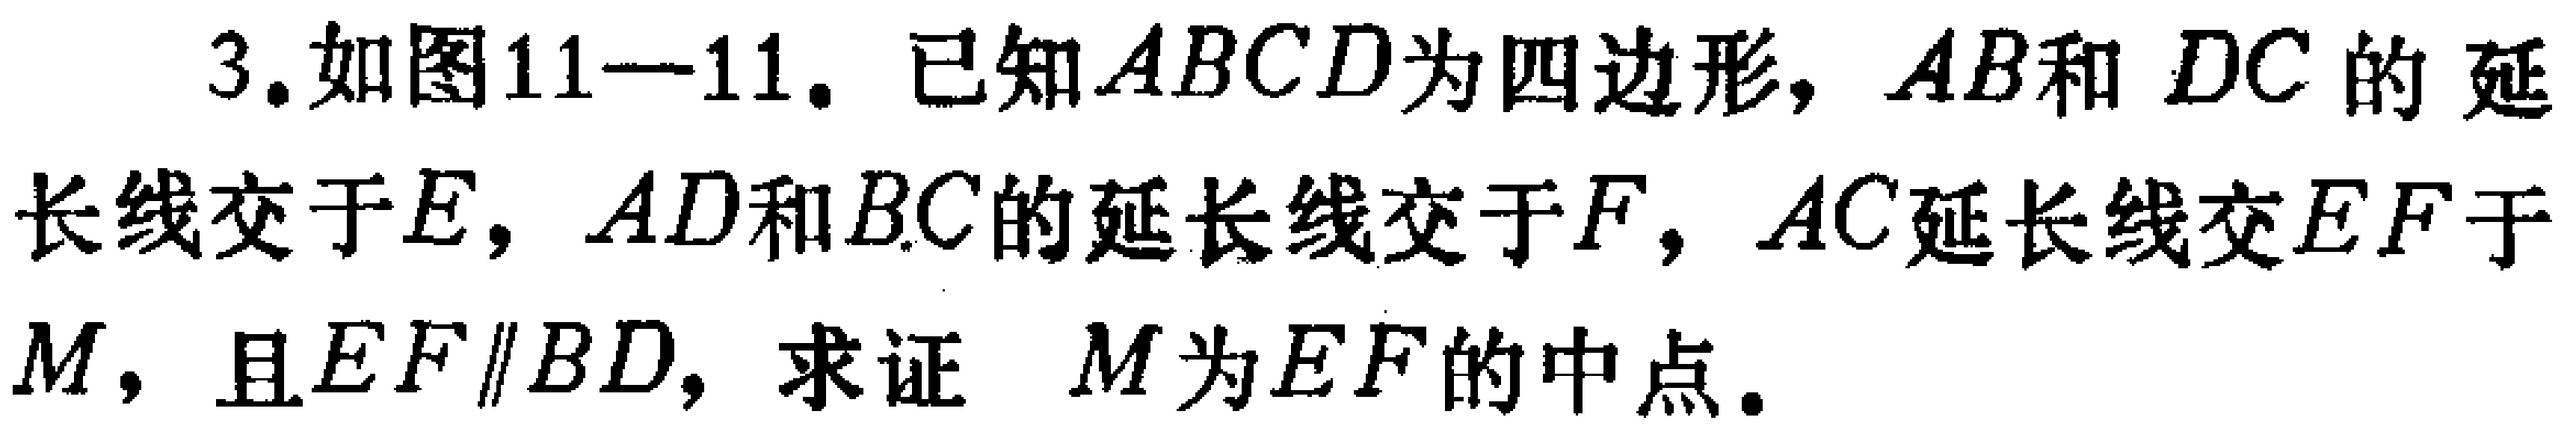
3. 如图11—11. 已知\(ABCD\)为四边形，\(AB\)和\(DC\)的延长线交于\(E\)，\(AD\)和\(BC\)的延长线交于\(F\)，\(AC\)延长线交\(EF\)于\(M\)，且\(EF\parallel BD\)，求证 \(M\)为\(EF\)的中点.